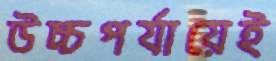
উচ্চপর্যায়েই